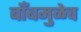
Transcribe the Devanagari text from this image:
बाँबमुळेच